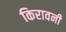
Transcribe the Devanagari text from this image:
किरावनी